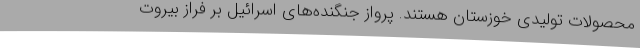
محصولات تولیدی خوزستان هستند. پرواز جنگنده‌های اسرائیل بر فراز بیروت